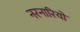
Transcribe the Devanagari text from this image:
नरनारियो